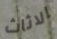
الاثاث